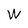
Character: W